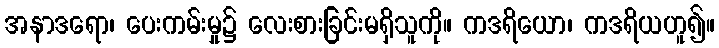
အနာဒရော၊ ပေးကမ်းမှု၌ လေးစားခြင်းမရှိသူကို။ ကဒရိယော၊ ကဒရိယဟူ၍။